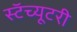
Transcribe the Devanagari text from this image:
स्टॅच्यूटरी